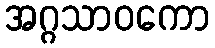
အဂ္ဂသာဝကော